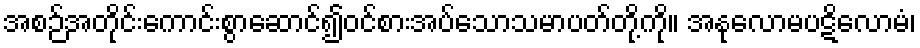
အစဉ်အတိုင်းကောင်းစွာဆောင်၍ဝင်စားအပ်သောသမာပတ်တို့ကို။ အနုလောမပဋိလောမံ၊